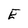
Character: E